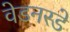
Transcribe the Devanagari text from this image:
वेडनस्डे